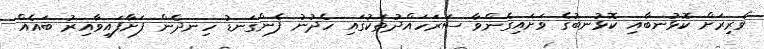
ވެރިރަށް ކޮޅުނބާއި ކޮޅުނބުގެ ވަށައިގެންވާ ސަރަހައްދުތަކުގައި ހެދުނު ފެންގަނޑު ހިނދެން ފަށާފައިވާއިރު ބައެއް